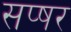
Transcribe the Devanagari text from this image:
सप्षर